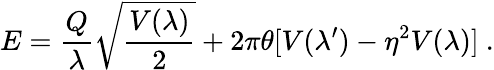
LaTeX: E=\frac{Q}{\lambda}\sqrt{\frac{V(\lambda)}{2}}+2\pi\theta[V(\lambda^{\prime})-\eta^{2}V(\lambda)]~.